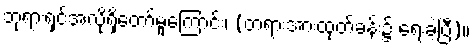
ဘုရားရှင်အလိုရှိတော်မူကြောင်း၊ (တရားအားထုတ်ခန်း၌ ရေးခဲ့ပြီ)။